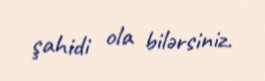
şahidi ola bilərsiniz.